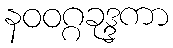
နဝဝဂ္ဂခုဒ္ဒကာ